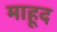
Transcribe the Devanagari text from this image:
माहूद